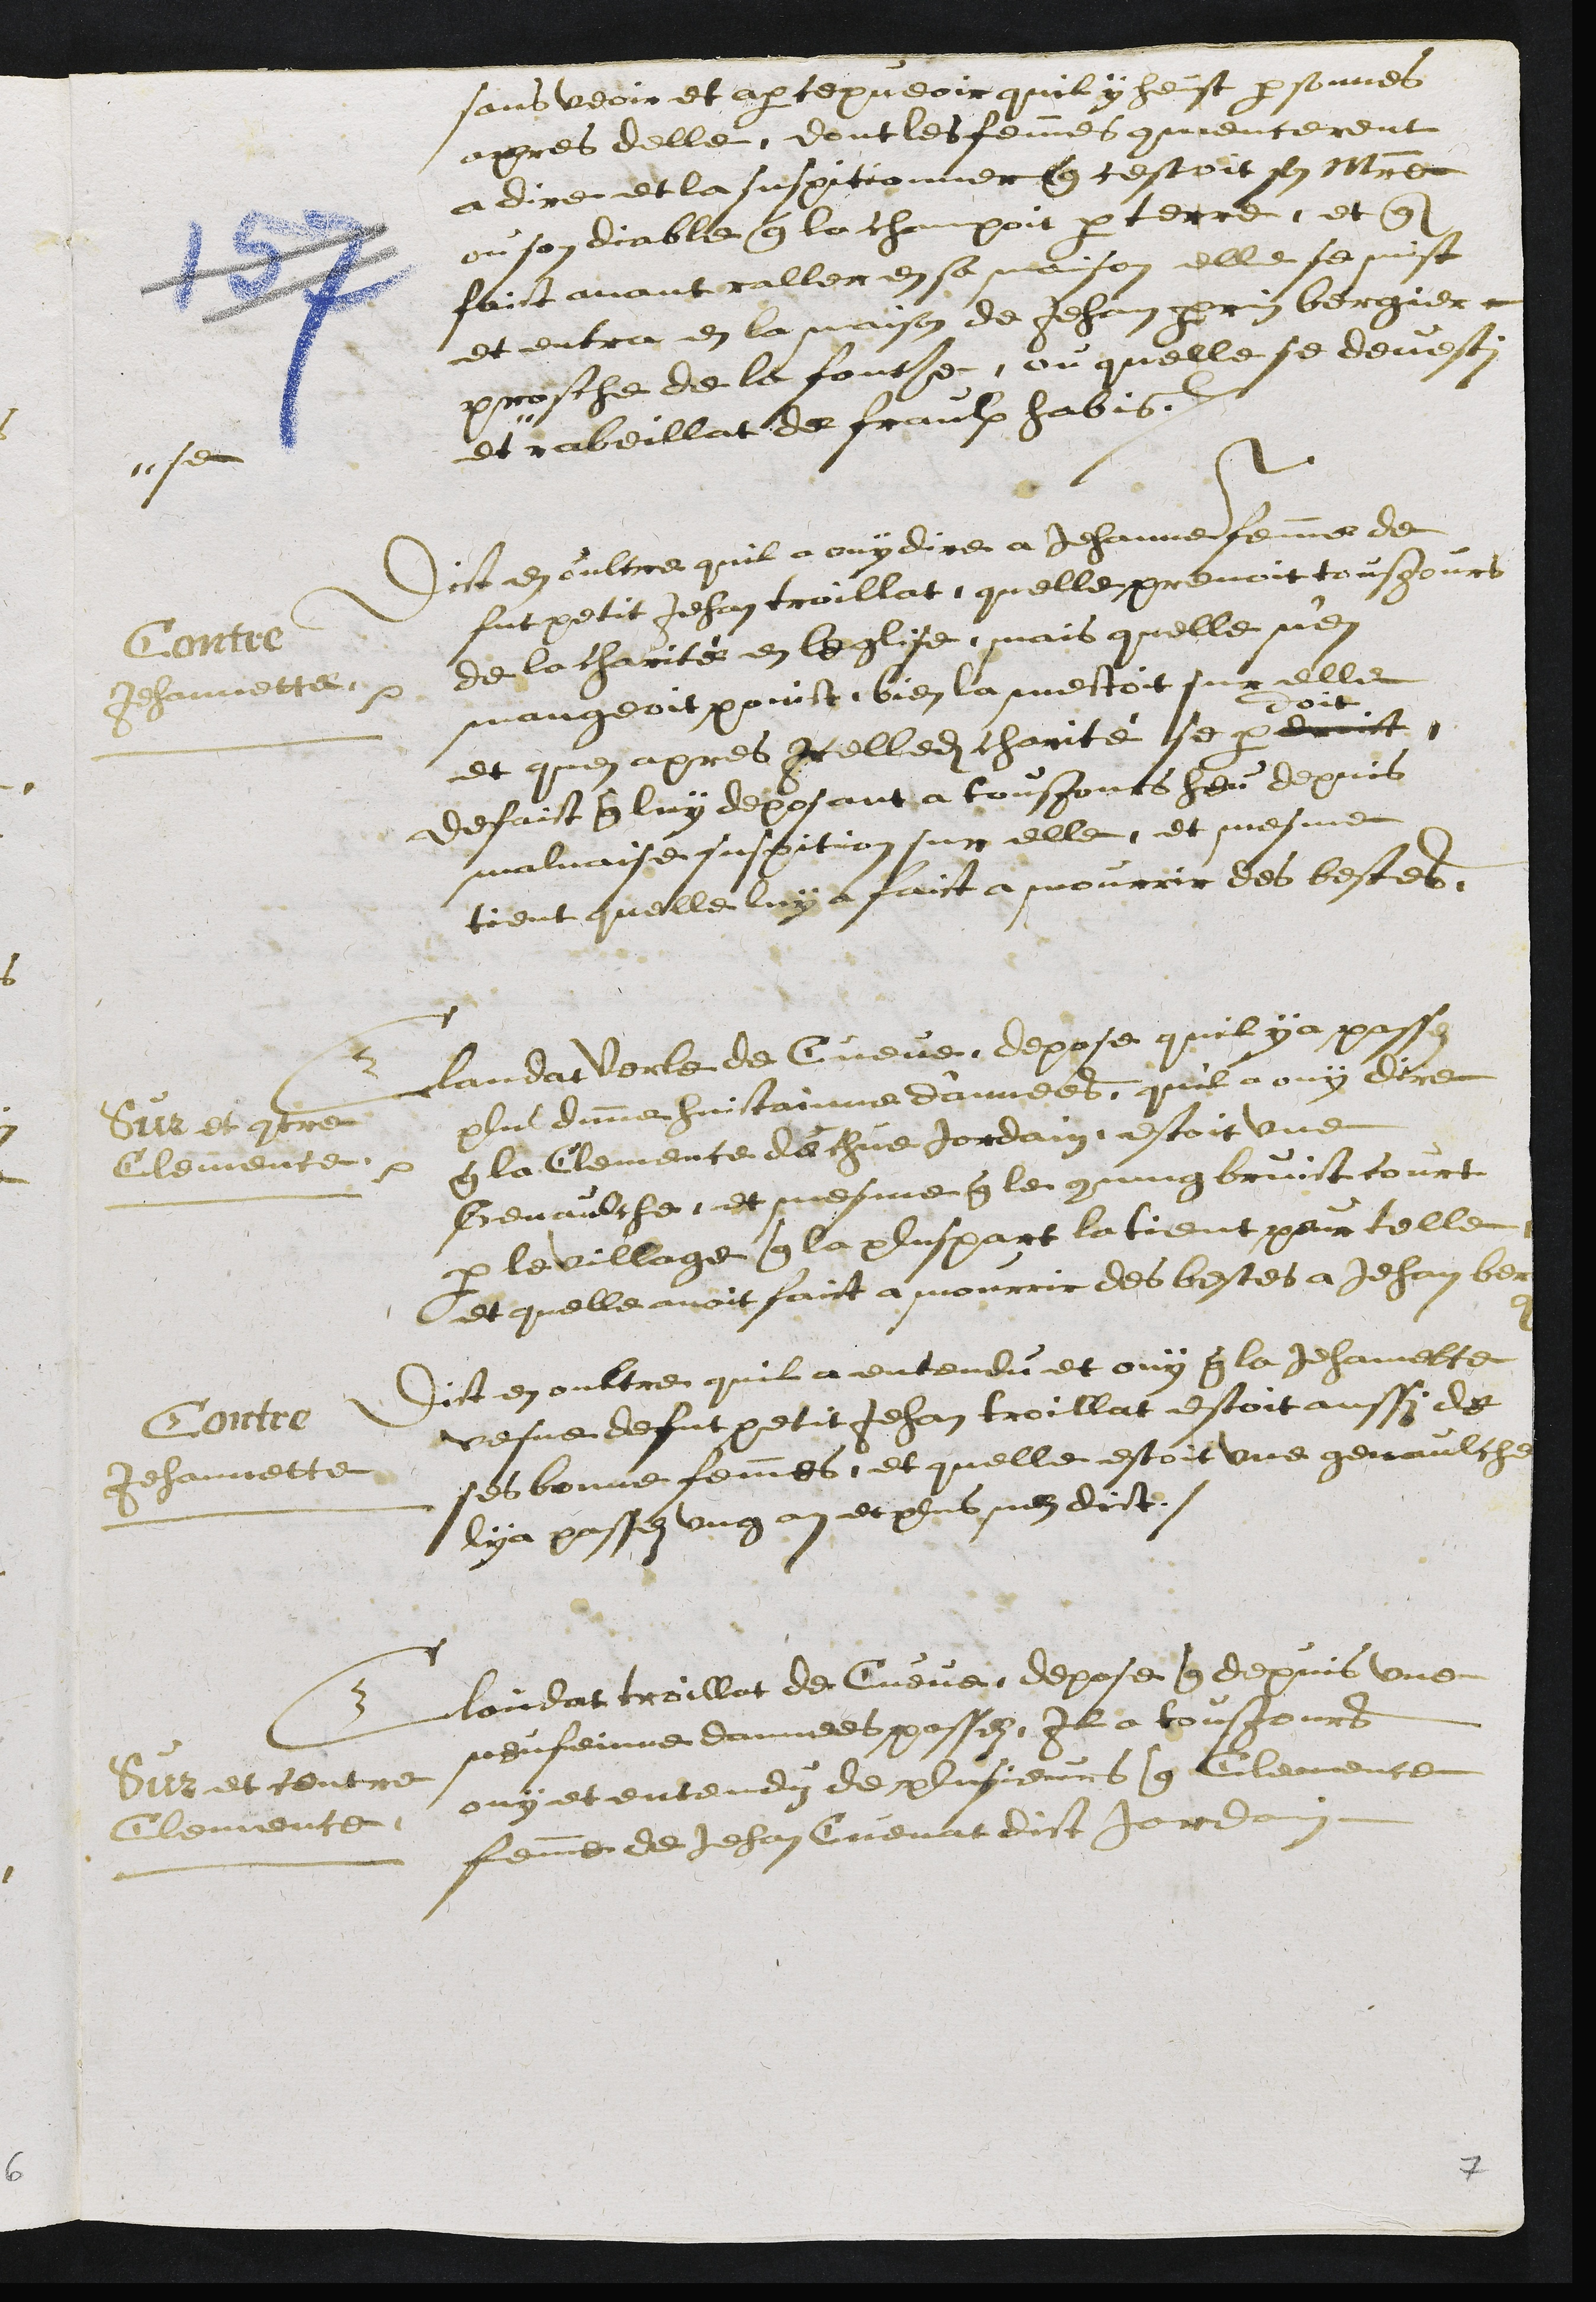
sans veoir et apercepveoir quil y heust personnes
apres delle, dont les femmes commencerent
a dire et la suspitionner que cestoit son Maitre
ou son diable que la champoit par terre, et que
faict avant raller en sa maison elle se mist
et entra en la maison de Jehan perrin bergier
prosche de la fonte, ou quelle se devesti
et
se
rabeillat de fraulx habis.
Contre
Jehannette.
Dict en oultre quil a ouy dire a Jehanne femme de
fut petit Jehan troillat, quelle prenoit tousjours
de la charité en leglise, mais quelle n'en
mangeoit poinct, bien la mettoit sur elle
et quen apres Icelledite charité se per
doit
deoict
de faict que luy deposant a tousjours heu depuis
malvaise suspition sur elle, et mesme
tient quelle luy a faict a mourrir des bestes,
Sur et contre
Clemence
Claudat Verle de Cueve, depose quil y a passez
plus dunne huitainne d'annees, quil a ouy dire
que la Clemence de chue Jordain estoit une
Genaulche, et mesme que le commung bruict court
par le village que la pluspart la tient pour telle
et quelle avoit faict a mourrir des bestes a Jehan bergier
Contre
Jehannette
Dict en oultre quil a entendu et ouy que la Jehannette
vesve de fut petit Jehan troillat estoit aussi de
ses bonne femmes et quelle estoit une genaulche
lya passez ung an et plus nen dict.
Sur et contre
Clemence
Claudat troillat de Cueve, depose que depuis une
neufeinne dannees passez, Il a tousjours
ouy et entenduz de plusieurs que Clemence
femme de Jehan Cuenat dict Jordain
7